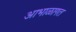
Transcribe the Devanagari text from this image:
आभाळागत